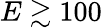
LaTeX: E\gtrsim 100